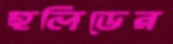
হলিডের